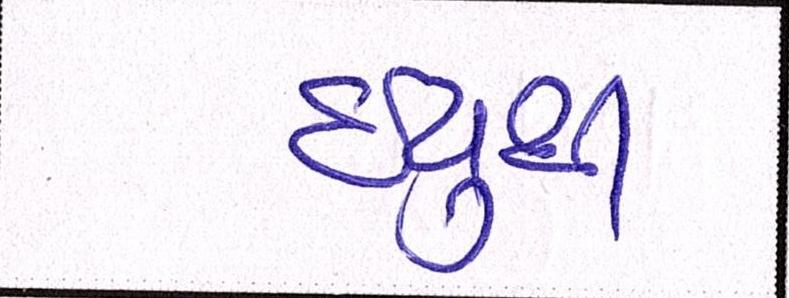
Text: ઇયુથી